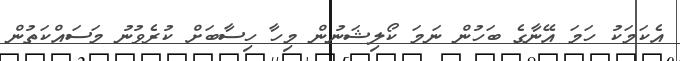
އެކަމަކު ހަމަ އޭނާގެ ބަހުން ނަމަ ކޯލިޝަނުން މިހާ ހިސާބަށް ކުރެވުނު މަސައްކަތުން